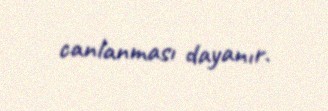
canlanması dayanır.